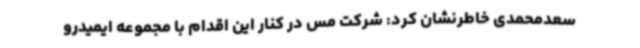
سعدمحمدی خاطرنشان کرد: شرکت مس در کنار این اقدام با مجموعه ایمیدرو